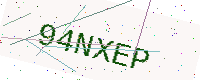
Text: 94NXEP